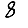
Digit: 8